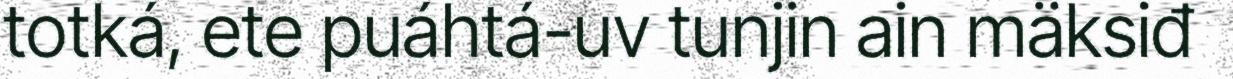
totká, ete puáhtá-uv tunjin ain mäksiđ